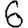
Digit: 6